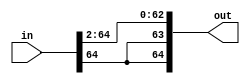
module mult_shifter(in, out);
	input [64:0] in;
	output [64:0] out;
	wire [64:0] after_shift;
	wire [64:0] logically_shifted;
	assign logically_shifted = in >> 2;
	assign out[64] = in[64];
	assign out[63] = in[64];
	assign out[62:0] = logically_shifted[62:0];
endmodule